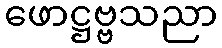
ဖောဋ္ဌဗ္ဗသညာ